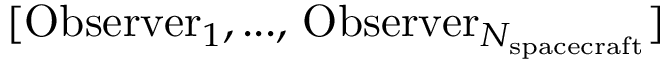
[ \mathrm { O b s e r v e r } _ { 1 } , . . . , \, \mathrm { O b s e r v e r } _ { N _ { \mathrm { s p a c e c r a f t } } } ]